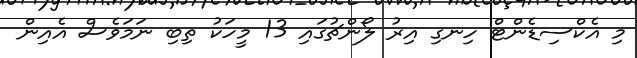
މި އެކްސިޑެންޓް ހިނގި އިރު ލޯންޗުގައި 13 މީހަކު ތިބި ނަމަވެސް އެއިން